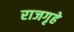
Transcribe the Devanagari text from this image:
राजगृहे